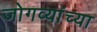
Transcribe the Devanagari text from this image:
जोगव्यांच्या